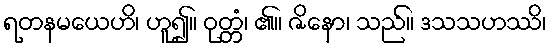
ရတနမယေဟိ၊ ဟူ၍။ ဝုတ္တံ၊ ၏။ ဇိနော၊ သည်။ ဒသသဟဿိ၊